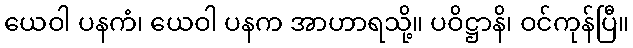
ယေဝါ ပနကံ၊ ယေဝါ ပနက အာဟာရသို့။ ပဝိဋ္ဌာနိ၊ ဝင်ကုန်ပြီ။